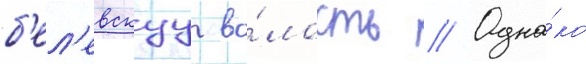
б'ел'евскуу во́лость // Одна́ко